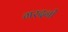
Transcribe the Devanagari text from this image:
गरदनों